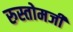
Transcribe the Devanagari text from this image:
रुस्तोमजी